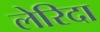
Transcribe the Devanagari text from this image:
लेरिदा